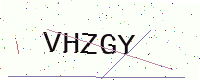
Text: VHZGY